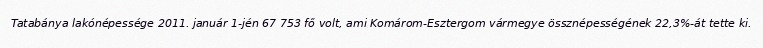
Tatabánya lakónépessége 2011. január 1-jén 67 753 fő volt, ami Komárom-Esztergom vármegye össznépességének 22,3%-át tette ki.